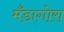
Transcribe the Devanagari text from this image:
मँडागोरा